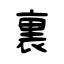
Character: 裏